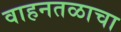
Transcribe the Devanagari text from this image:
वाहनतळाचा